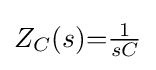
Z_{C}(s){=}{\tfrac {1}{sC}}